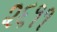
૨૬૧૧